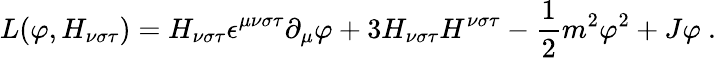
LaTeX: L(\varphi,H_{\nu\sigma\tau})=H_{\nu\sigma\tau}\epsilon^{\mu\nu\sigma\tau}\partial_{\mu}\varphi+3H_{\nu\sigma\tau}H^{\nu\sigma\tau}-\frac{1}{2}m^{2}\varphi^{2}+J\varphi\ .